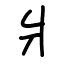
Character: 爿